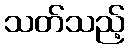
သတ်သည့်